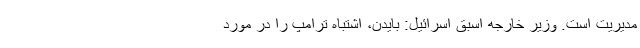
مدیریت است. وزیر خارجه اسبق اسرائیل: بایدن، اشتباه ترامپ را در مورد